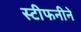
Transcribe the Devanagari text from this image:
स्टीफनीने